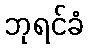
ဘုရင်ခံ